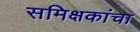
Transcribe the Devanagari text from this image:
समिक्षकांचा